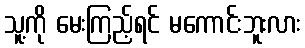
သူ့ကို မေးကြည့်ရင် မကောင်းဘူးလား